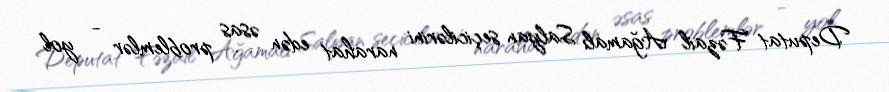
Deputat Fəzail Ağamalı Salyan seçicilərini narahat edən əsas problemlər - yol